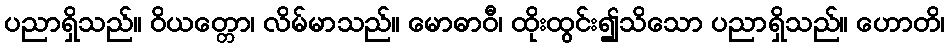
ပညာရှိသည်။ ဝိယတ္တော၊ လိမ်မာသည်။ မောဓာဝီ၊ ထိုးထွင်း၍သိသော ပညာရှိသည်။ ဟောတိ၊